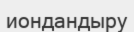
иондандыру